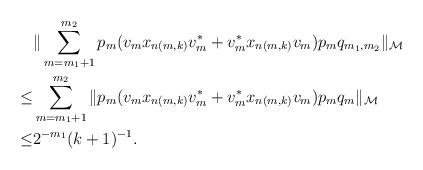
LaTeX: \begin{align*}&\|\sum^{m_2}_{m=m_1+1}p_m(v_mx_{n(m,k)}v_m^*+v_m^*x_{n(m,k)}v_m)p_mq_{m_1,m_2}\|_{\mathcal M}\\\leq&\sum^{m_2}_{m=m_1+1}\|p_m(v_mx_{n(m,k)}v_m^*+v_m^*x_{n(m,k)}v_m)p_mq_{m}\|_{\mathcal M}\\\leq&2^{-m_1}(k+1)^{-1}. \end{align*}